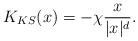
LaTeX: \begin{align*}K_{KS}(x) = -\chi \frac{x}{|x|^d}.\end{align*}